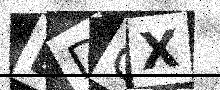
Text: EDCX